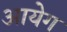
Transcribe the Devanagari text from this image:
आयेग